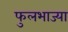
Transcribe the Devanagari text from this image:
फुलभाज्या